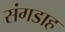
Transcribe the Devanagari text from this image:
संगडाह